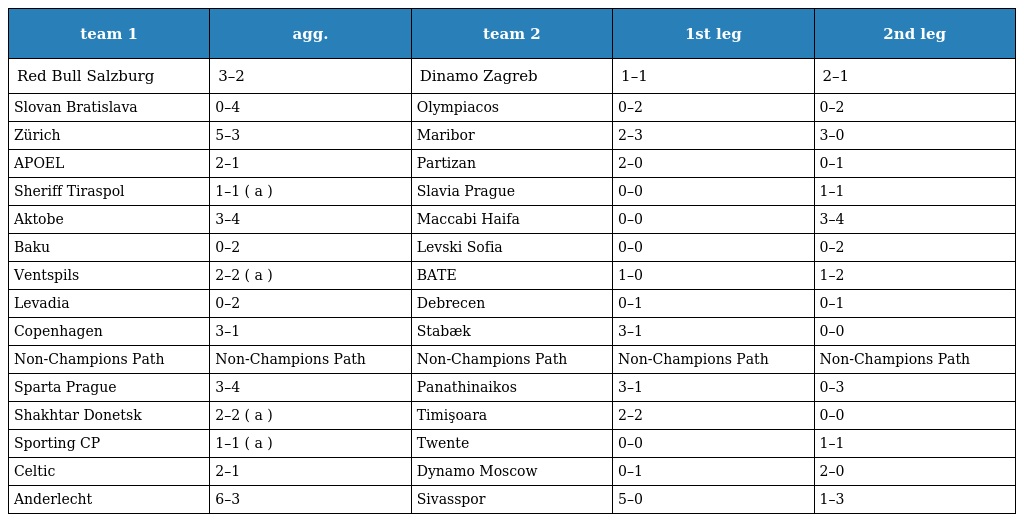
| team 1 | agg. | team 2 | 1st leg | 2nd leg |
 | --- | --- | --- | --- | --- |
 | Red Bull Salzburg | 3–2 | Dinamo Zagreb | 1–1 | 2–1 |
 | Slovan Bratislava | 0–4 | Olympiacos | 0–2 | 0–2 |
 | Zürich | 5–3 | Maribor | 2–3 | 3–0 |
 | APOEL | 2–1 | Partizan | 2–0 | 0–1 |
 | Sheriff Tiraspol | 1–1 ( a ) | Slavia Prague | 0–0 | 1–1 |
 | Aktobe | 3–4 | Maccabi Haifa | 0–0 | 3–4 |
 | Baku | 0–2 | Levski Sofia | 0–0 | 0–2 |
 | Ventspils | 2–2 ( a ) | BATE | 1–0 | 1–2 |
 | Levadia | 0–2 | Debrecen | 0–1 | 0–1 |
 | Copenhagen | 3–1 | Stabæk | 3–1 | 0–0 |
 | Non-Champions Path | Non-Champions Path | Non-Champions Path | Non-Champions Path | Non-Champions Path |
 | Sparta Prague | 3–4 | Panathinaikos | 3–1 | 0–3 |
 | Shakhtar Donetsk | 2–2 ( a ) | Timişoara | 2–2 | 0–0 |
 | Sporting CP | 1–1 ( a ) | Twente | 0–0 | 1–1 |
 | Celtic | 2–1 | Dynamo Moscow | 0–1 | 2–0 |
 | Anderlecht | 6–3 | Sivasspor | 5–0 | 1–3 |